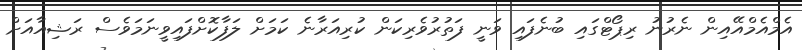
އެމްއެމްއޭއިން ނެރުނު ރިޕޯޓްގައި ބުނެފައި ވަނީ ފަތުރުވެރިކަން ކުރިއަރާނެ ކަަމަށް ލަފާކޮށްފައިވީނަމަވެސް ރަޝިއާއަށް